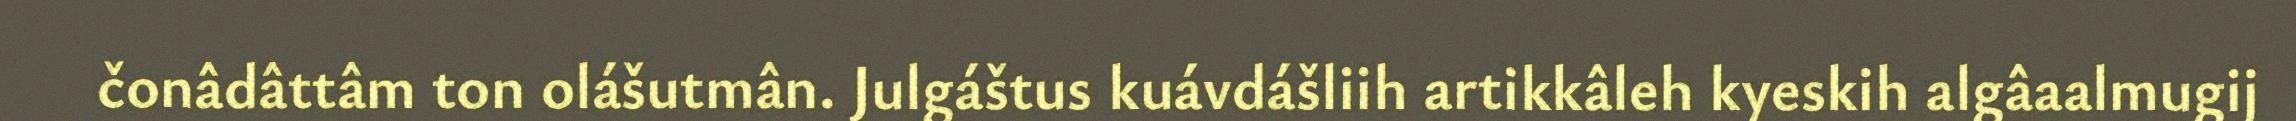
čonâdâttâm ton olášutmân. Julgáštus kuávdášliih artikkâleh kyeskih algâaalmugij